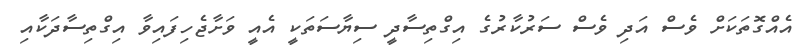
އެއްގޮތަކަށް ވެސް އަދި ވެސް ސަރުކާރުގެ އިގްތިސާދީ ސިޔާސަތަކީ އެއީ ވަށާޖެހިފައިވާ އިގްތިސާދަކާއި